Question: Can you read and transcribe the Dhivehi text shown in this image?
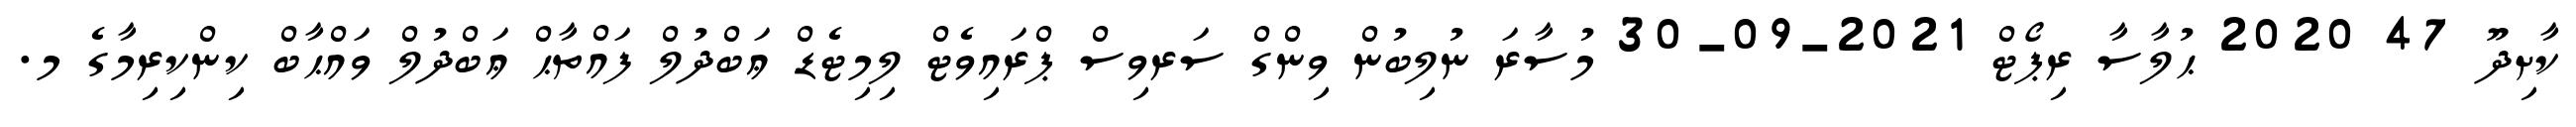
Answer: ކާށިދޫ 47 2020 ޙުލާސާ ރިޕޯޓް 2021-09-30 މުސާރަ ނުލިބުން ވިންގް ސަރވިސް ޕްރައިވެޓް ލިމިޓެޑް ޢަބްދުލް ފައްތާޙް ޢަބްދުލް ވައްޙާބް ކިންކިރިމާގެ މ.